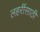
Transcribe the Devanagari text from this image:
लहरींसाठी